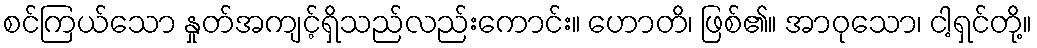
စင်ကြယ်သော နှုတ်အကျင့်ရှိသည်လည်းကောင်း။ ဟောတိ၊ ဖြစ်၏။ အာဝုသော၊ ငါ့ရှင်တို့။